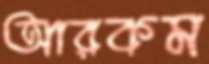
আরকম